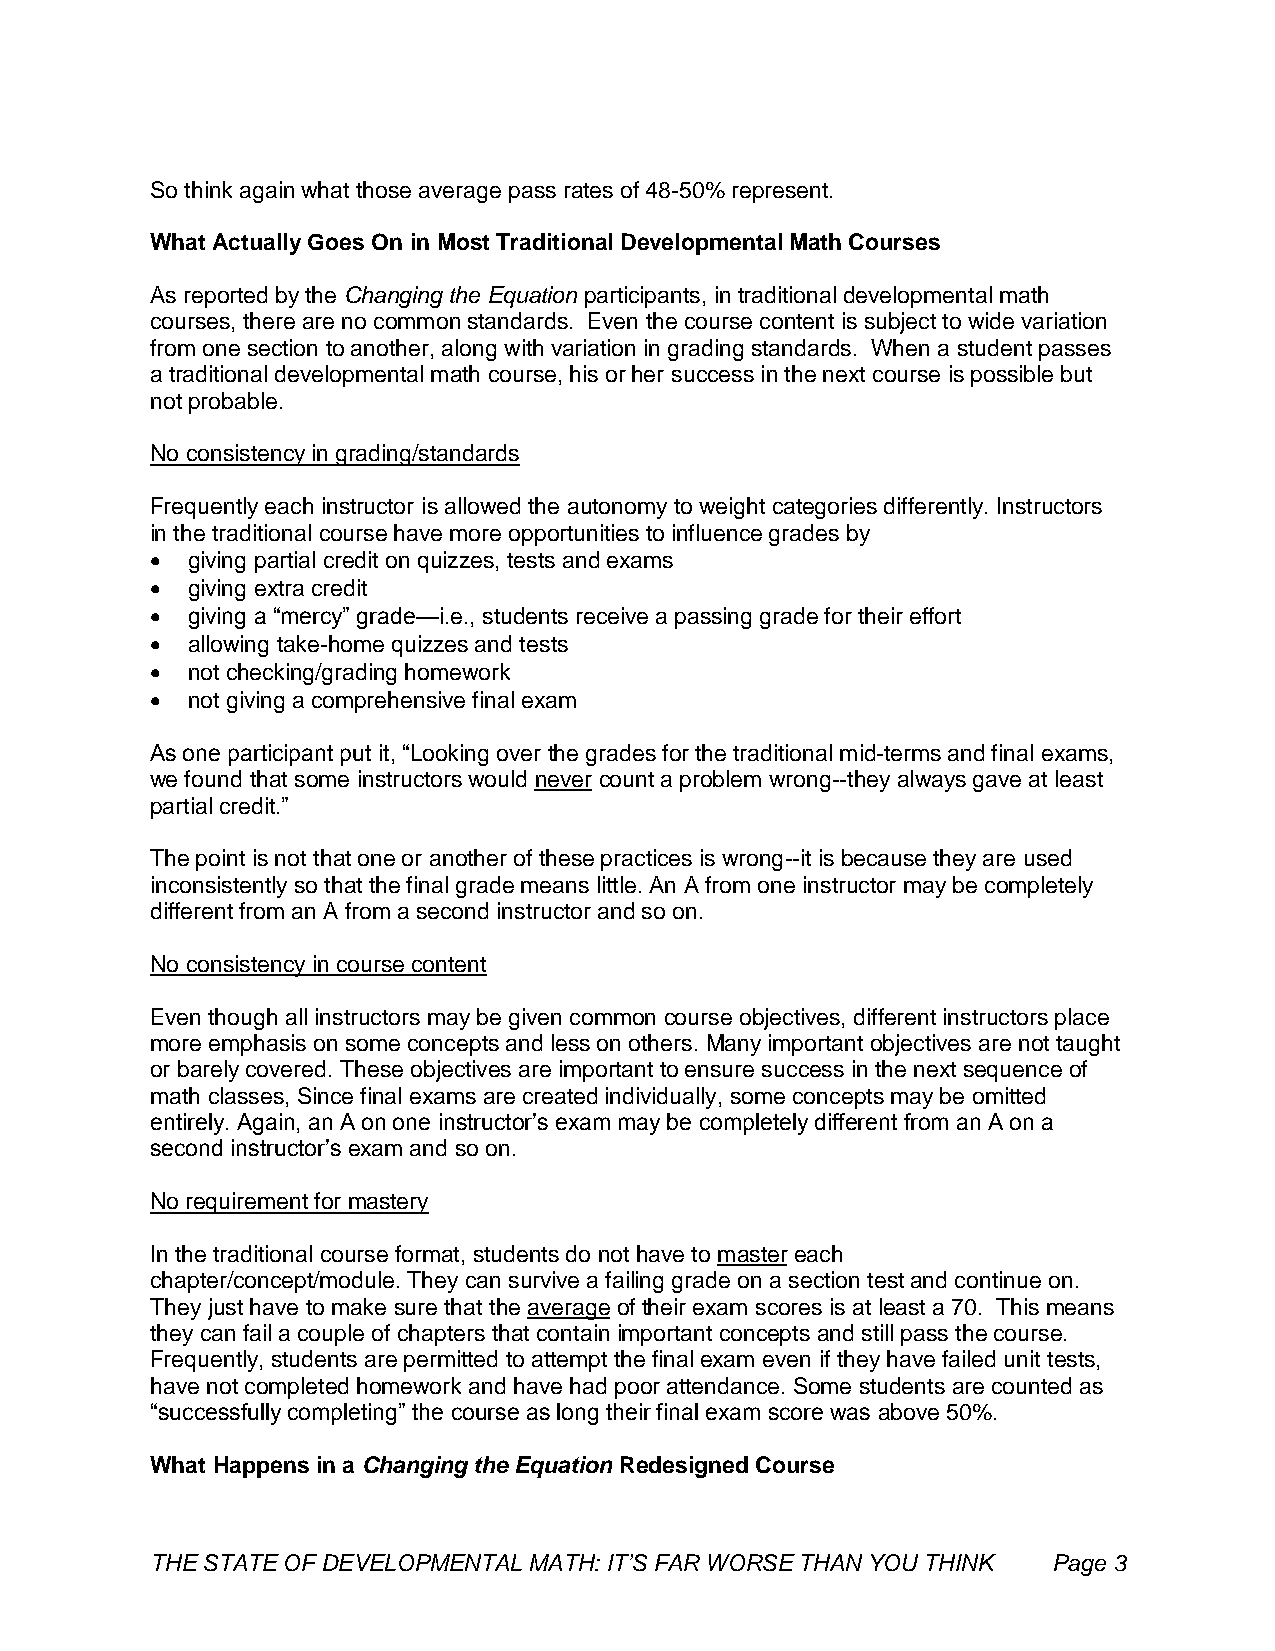
So think again what those average pass rates of 48-50% represent.
 What Actually Goes On in Most Traditional Developmental Math Courses
 As reported by the Changing the Equation participants, in traditional developmental math
 courses, there are no common standards. Even the course content is subject to wide variation
 from one section to another, along with variation in grading standards. When a student passes
 a traditional developmental math course, his or her success in the next course is possible but
 not probable.
 No consistency in grading/standards
 Frequently each instructor is allowed the autonomy to weight categories differently. Instructors
 in the traditional course have more opportunities to influence grades by
  giving partial credit on quizzes, tests and exams
  giving extra credit
  giving a “mercy” grade—i.e., students receive a passing grade for their effort
  allowing take-home quizzes and tests
  not checking/grading homework
  not giving a comprehensive final exam
 As one participant put it, “Looking over the grades for the traditional mid-terms and final exams,
 we found that some instructors would never count a problem wrong--they always gave at least
 partial credit.”
 The point is not that one or another of these practices is wrong--it is because they are used
 inconsistently so that the final grade means little. An A from one instructor may be completely
 different from an A from a second instructor and so on.
 No consistency in course content
 Even though all instructors may be given common course objectives, different instructors place
 more emphasis on some concepts and less on others. Many important objectives are not taught
 or barely covered. These objectives are important to ensure success in the next sequence of
 math classes, Since final exams are created individually, some concepts may be omitted
 entirely. Again, an A on one instructor’s exam may be completely different from an A on a
 second instructor’s exam and so on.
 No requirement for mastery
 In the traditional course format, students do not have to master each
 chapter/concept/module. They can survive a failing grade on a section test and continue on.
 They just have to make sure that the average of their exam scores is at least a 70. This means
 they can fail a couple of chapters that contain important concepts and still pass the course.
 Frequently, students are permitted to attempt the final exam even if they have failed unit tests,
 have not completed homework and have had poor attendance. Some students are counted as
 “successfully completing” the course as long their final exam score was above 50%.
 What Happens in a Changing the Equation Redesigned Course
 THE STATE OF DEVELOPMENTAL MATH: IT’S FAR WORSE THAN YOU THINK Page 3